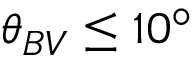
\theta _ { B V } \leq 1 0 ^ { \circ }